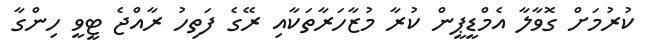
ކުރުމަށް ގޮވާލާ އެމްޑީޕީން ކުރާ މުޒާހަރާތަކާއި ރޭގެ ފަތިހު ރާއްޖެ ޓީވީ ހިންގާ